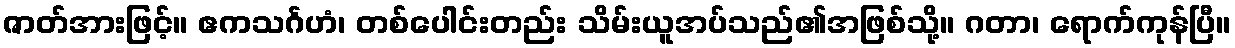
ဇာတ်အားဖြင့်။ ဧကသင်္ဂဟံ၊ တစ်ပေါင်းတည်း သိမ်းယူအပ်သည်၏အဖြစ်သို့။ ဂတာ၊ ရောက်ကုန်ပြီ။